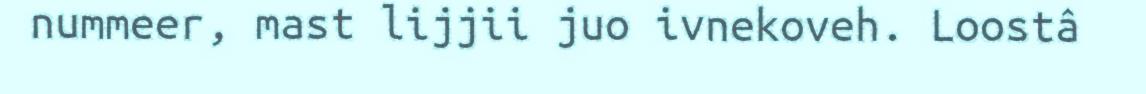
nummeer, mast lijjii juo ivnekoveh. Loostâ